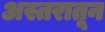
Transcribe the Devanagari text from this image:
अस्तरातून